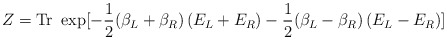
\begin{align*}Z= {\rm Tr}\ \exp[-\frac12(\beta_L + \beta_R)\left( E_L + E_R \right)-\frac12(\beta_L - \beta_R)\left( E_L - E_R \right)]\end{align*}